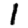
Digit: 1